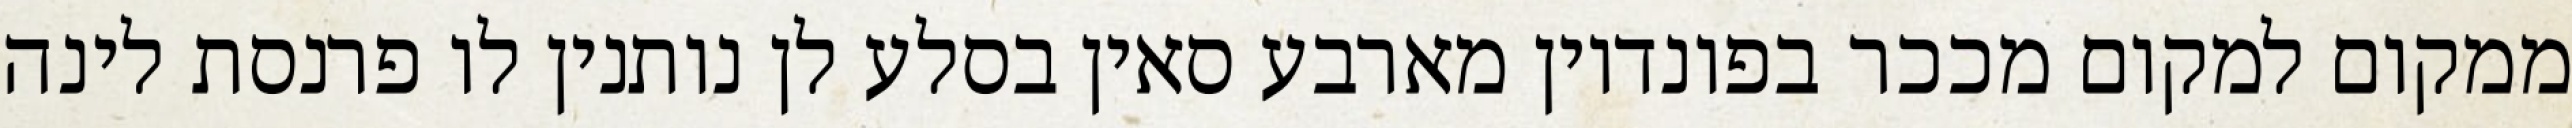
ממקום למקום מככר בפונדיון מארבע סאין בסלע לן נותנין לו פרנסת לינה